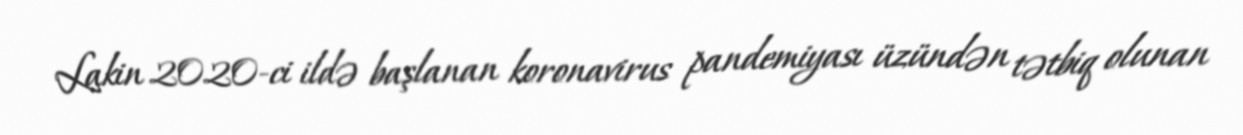
Lakin 2020-ci ildə başlanan koronavirus pandemiyası üzündən tətbiq olunan